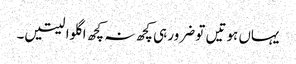
یہاں ہوتیں تو ضرور ہی کچھ نہ کچھ اگلوا لیتیں۔